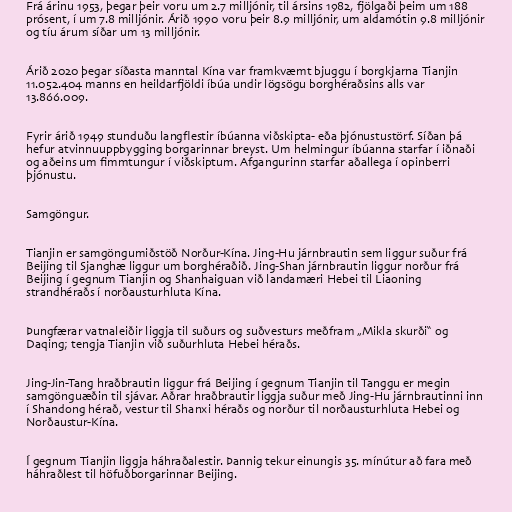
Frá árinu 1953, þegar þeir voru um 2.7 milljónir, til ársins 1982, fjölgaði þeim um 188
prósent, í um 7.8 milljónir. Árið 1990 voru þeir 8.9 milljónir, um aldamótin 9.8 milljónir
og tíu árum síðar um 13 milljónir.

Árið 2020 þegar síðasta manntal Kína var framkvæmt bjuggu í borgkjarna Tianjin
11.052.404 manns en heildarfjöldi íbúa undir lögsögu borghéraðsins alls var
13.866.009.

Fyrir árið 1949 stunduðu langflestir íbúanna viðskipta- eða þjónustustörf. Síðan þá
hefur atvinnuuppbygging borgarinnar breyst. Um helmingur íbúanna starfar í iðnaði
og aðeins um fimmtungur í viðskiptum. Afgangurinn starfar aðallega í opinberri
þjónustu.

Samgöngur.

Tianjin er samgöngumiðstöð Norður-Kína. Jing-Hu járnbrautin sem liggur suður frá
Beijing til Sjanghæ liggur um borghéraðið. Jing-Shan járnbrautin liggur norður frá
Beijing í gegnum Tianjin og Shanhaiguan við landamæri Hebei til Liaoning
strandhéraðs í norðausturhluta Kína.

Þungfærar vatnaleiðir liggja til suðurs og suðvesturs meðfram „Mikla skurði“ og
Daqing; tengja Tianjin við suðurhluta Hebei héraðs.

Jing-Jin-Tang hraðbrautin liggur frá Beijing í gegnum Tianjin til Tanggu er megin
samgönguæðin til sjávar. Aðrar hraðbrautir liggja suður með Jing-Hu járnbrautinni inn
í Shandong hérað, vestur til Shanxi héraðs og norður til norðausturhluta Hebei og
Norðaustur-Kína.

Í gegnum Tianjin liggja háhraðalestir. Þannig tekur einungis 35. mínútur að fara með
háhraðlest til höfuðborgarinnar Beijing.